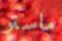
ماستر